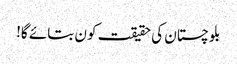
بلوچستان کی حقیقت کون بتائے گا!